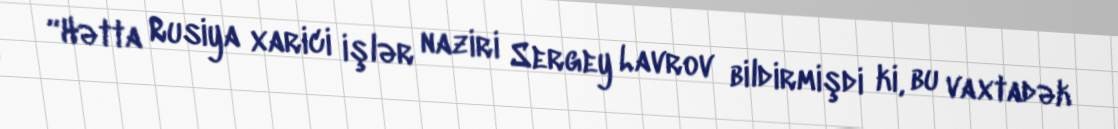
“Hətta Rusiya xarici işlər naziri Sergey Lavrov bildirmişdi ki, bu vaxtadək